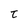
Character: t